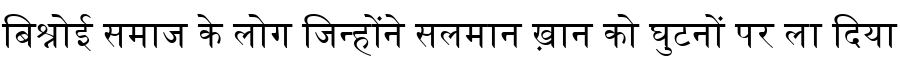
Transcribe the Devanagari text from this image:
बिश्नोई समाज के लोग जिन्होंने सलमान ख़ान को घुटनों पर ला दिया